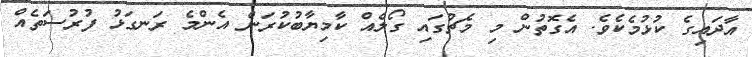
އާދައިގެ ކުޅުމެކެވެ. އެގޮތުން މި މެޗުގައި ގޯލެއް ކާމިޔާބުކުރަން އެންމެ ރަނގަޅު ފުރުސަތެއް